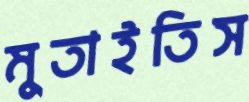
মুতাইতিস